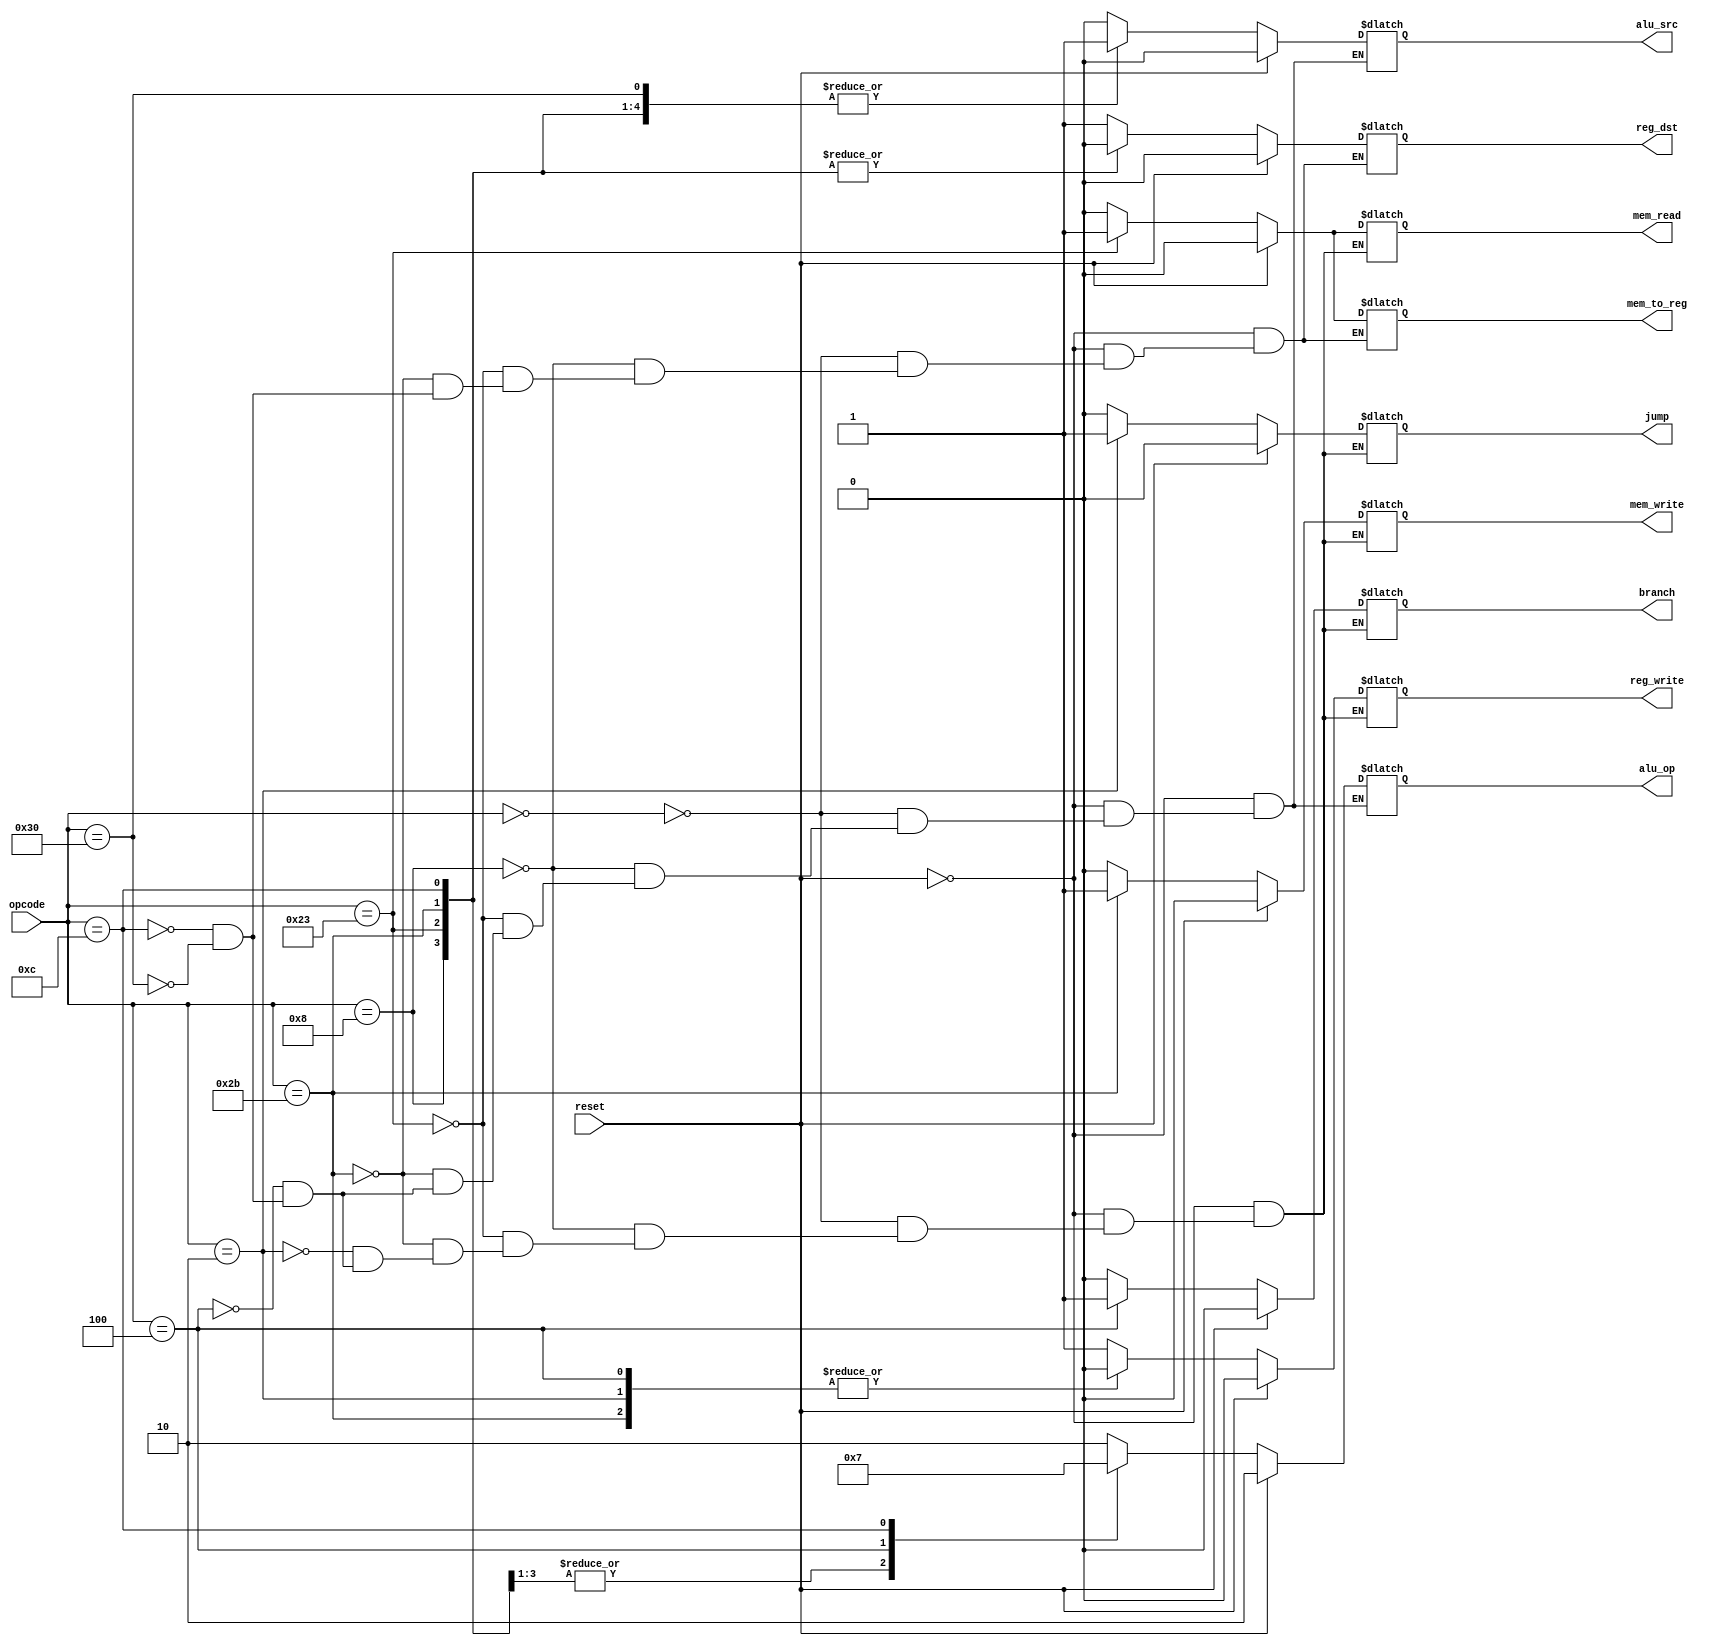
`timescale 1ns / 1ps
//////////////////////////////////////////////////////////////////////////////////
// Company: 
// Engineer: 
// 
// Design Name: 
// Module Name: control
// Project Name: 
// Target Devices: 
// Tool Versions: 
// Description: 
// 
// Dependencies: 
// 
// Revision:
// Revision 0.01 - File Created
// Additional Comments:
// 
//////////////////////////////////////////////////////////////////////////////////


module control(
    input reset,
    input[5:0] opcode,  
    output reg reg_dst, mem_to_reg, 
    output reg [1:0] alu_op,  
    output reg mem_read, mem_write, alu_src, reg_write, branch, jump 
    );
    
always @(*)  
begin  
   if(reset == 1'b1) 
   begin  
      reg_dst = 1'b0;  
      mem_to_reg = 1'b0;  
      alu_op = 2'b10;  
      mem_read = 1'b0;  
      mem_write = 1'b0;  
      alu_src = 1'b0;  
      reg_write = 1'b0;  
      jump = 1'b0;
      branch = 1'b0;    
   end  
   else 
   begin  
      case(opcode)
         
      6'b000000: 
      begin // add, and, or, sub 
            reg_dst = 1'b1;  
            mem_to_reg = 1'b0;  
            alu_op = 2'b10;  
            mem_read = 1'b0;  
            mem_write = 1'b0;  
            alu_src = 1'b0;  
            reg_write = 1'b1;  
            branch = 1'b0;
            jump = 1'b0;  
      end
                
      6'b001000: 
      begin // addi 
            reg_dst = 1'b0;  
            mem_to_reg = 1'b0;  
            alu_op = 2'b00;  
            mem_read = 1'b0;  
            mem_write = 1'b0;  
            alu_src = 1'b1;  
            reg_write = 1'b1;
            branch = 1'b0;
            jump = 1'b0;   
      end 
      
      6'b100011: 
      begin // lw  
            reg_dst = 1'b0;  
            mem_to_reg = 1'b1;  
            alu_op = 2'b00;    
            mem_read = 1'b1;  
            mem_write = 1'b0;  
            alu_src = 1'b1;  
            reg_write = 1'b1;
            branch = 1'b0;
            jump = 1'b0;   
       end   
       
      6'b101011: 
      begin // sw  
            reg_dst = 1'b0;  
            mem_to_reg = 1'b0;  
            alu_op = 2'b00;    
            mem_read = 1'b0;  
            mem_write = 1'b1;  
            alu_src = 1'b1;  
            reg_write = 1'b0;
            branch = 1'b0;
            jump = 1'b0;  
      end  
      
      6'b000010:
      begin // 2 jump      
            mem_read = 1'b0;  
            mem_write = 1'b0;    
            reg_write = 1'b0;
            branch = 1'b0;
            jump = 1'b1;  
      end  
      
      6'b000100:
      begin // 4 branch      
            alu_op = 2'b01;    
            mem_read = 1'b0;  
            mem_write = 1'b0;  
            alu_src = 1'b0;  
            reg_write = 1'b0;
            branch = 1'b1;
            jump = 1'b0;  
      end  
      
      6'b001100:
      begin // 12  
            reg_dst = 1'b0;  
            mem_to_reg = 1'b0;  
            alu_op = 2'b11;    
            mem_read = 1'b0;  
            mem_write = 1'b0;  
            alu_src = 1'b1;  
            reg_write = 1'b1;
            branch = 1'b0;
            jump = 1'b0;  
      end  
      
      6'b110000:
      begin // 48  
            reg_dst = 1'b1;  
            mem_to_reg = 1'b0;  
            alu_op = 2'b10;    
            mem_read = 1'b0;  
            mem_write = 1'b0;  
            alu_src = 1'b1;  
            reg_write = 1'b1;
            branch = 1'b0;
            jump = 1'b0;  
      end  
      
      endcase  
   end  
 end 
 endmodule